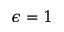
\epsilon = 1